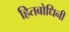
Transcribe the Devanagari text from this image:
हितबोधिनी